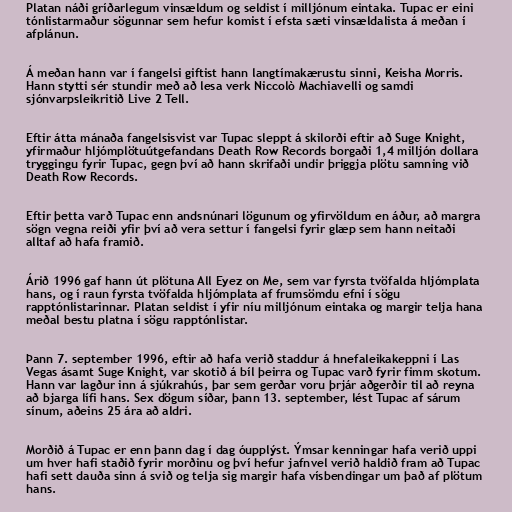
Platan náði gríðarlegum vinsældum og seldist í milljónum eintaka. Tupac er eini
tónlistarmaður sögunnar sem hefur komist í efsta sæti vinsældalista á meðan í
afplánun.

Á meðan hann var í fangelsi giftist hann langtímakærustu sinni, Keisha Morris.
Hann stytti sér stundir með að lesa verk Niccolò Machiavelli og samdi
sjónvarpsleikritið Live 2 Tell.

Eftir átta mánaða fangelsisvist var Tupac sleppt á skilorði eftir að Suge Knight,
yfirmaður hljómplötuútgefandans Death Row Records borgaði 1,4 milljón dollara
tryggingu fyrir Tupac, gegn því að hann skrifaði undir þriggja plötu samning við
Death Row Records.

Eftir þetta varð Tupac enn andsnúnari lögunum og yfirvöldum en áður, að margra
sögn vegna reiði yfir því að vera settur í fangelsi fyrir glæp sem hann neitaði
alltaf að hafa framið.

Árið 1996 gaf hann út plötuna All Eyez on Me, sem var fyrsta tvöfalda hljómplata
hans, og í raun fyrsta tvöfalda hljómplata af frumsömdu efni í sögu
rapptónlistarinnar. Platan seldist í yfir níu milljónum eintaka og margir telja hana
meðal bestu platna í sögu rapptónlistar.

Þann 7. september 1996, eftir að hafa verið staddur á hnefaleikakeppni í Las
Vegas ásamt Suge Knight, var skotið á bíl þeirra og Tupac varð fyrir fimm skotum.
Hann var lagður inn á sjúkrahús, þar sem gerðar voru þrjár aðgerðir til að reyna
að bjarga lífi hans. Sex dögum síðar, þann 13. september, lést Tupac af sárum
sínum, aðeins 25 ára að aldri.

Morðið á Tupac er enn þann dag í dag óupplýst. Ýmsar kenningar hafa verið uppi
um hver hafi staðið fyrir morðinu og því hefur jafnvel verið haldið fram að Tupac
hafi sett dauða sinn á svið og telja sig margir hafa vísbendingar um það af plötum
hans.